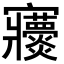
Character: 𡬖